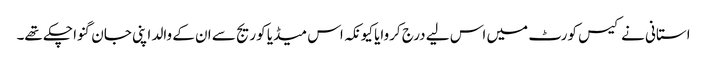
استانی نے کیس کورٹ میں اس لیے درج کروایا کیونکہ اس میڈیا کوریج سے ان کے والد اپنی جان گنوا چکے تھے۔